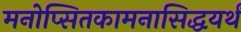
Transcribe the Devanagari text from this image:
मनोप्सितकामनासिद्धयर्थं